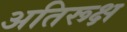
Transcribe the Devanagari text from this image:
अतिरूक्ष